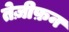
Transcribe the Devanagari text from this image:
तेज़ीफ़न